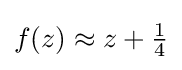
f(z)\approx z+{\tfrac {1}{4}}